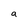
Character: a